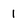
Character: 1